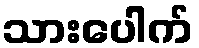
သားပေါက်